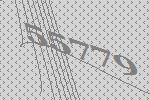
55779